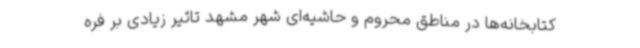
کتابخانه‌ها در مناطق محروم و حاشیه‌ای شهر مشهد تاثیر زیادی بر فره